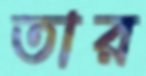
তার